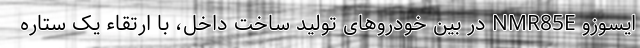
ایسوزو NMR85E در بین خودروهای تولید ساخت داخل، با ارتقاء یک ستاره